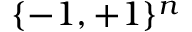
\{ - 1 , + 1 \} ^ { n }